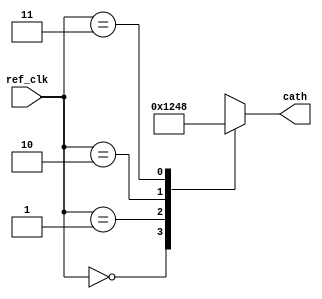
`timescale 1ns / 1ps

module cathode_driver(
    input [1:0] ref_clk,
    output reg [3:0] cath
    );

    always @(ref_clk) begin
        case (ref_clk)
            2'b00: cath <= 4'b0001;
            2'b01: cath <= 4'b0010;
            2'b10: cath <= 4'b0100;
            2'b11: cath <= 4'b1000;
            default: cath <= 4'b0000;
        endcase
    end
endmodule